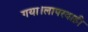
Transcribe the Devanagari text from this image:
गया।लापरवाही